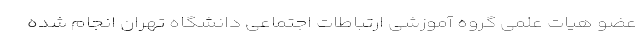
عضو هیات علمی گروه آموزشی ارتباطات اجتماعی دانشگاه تهران انجام شده